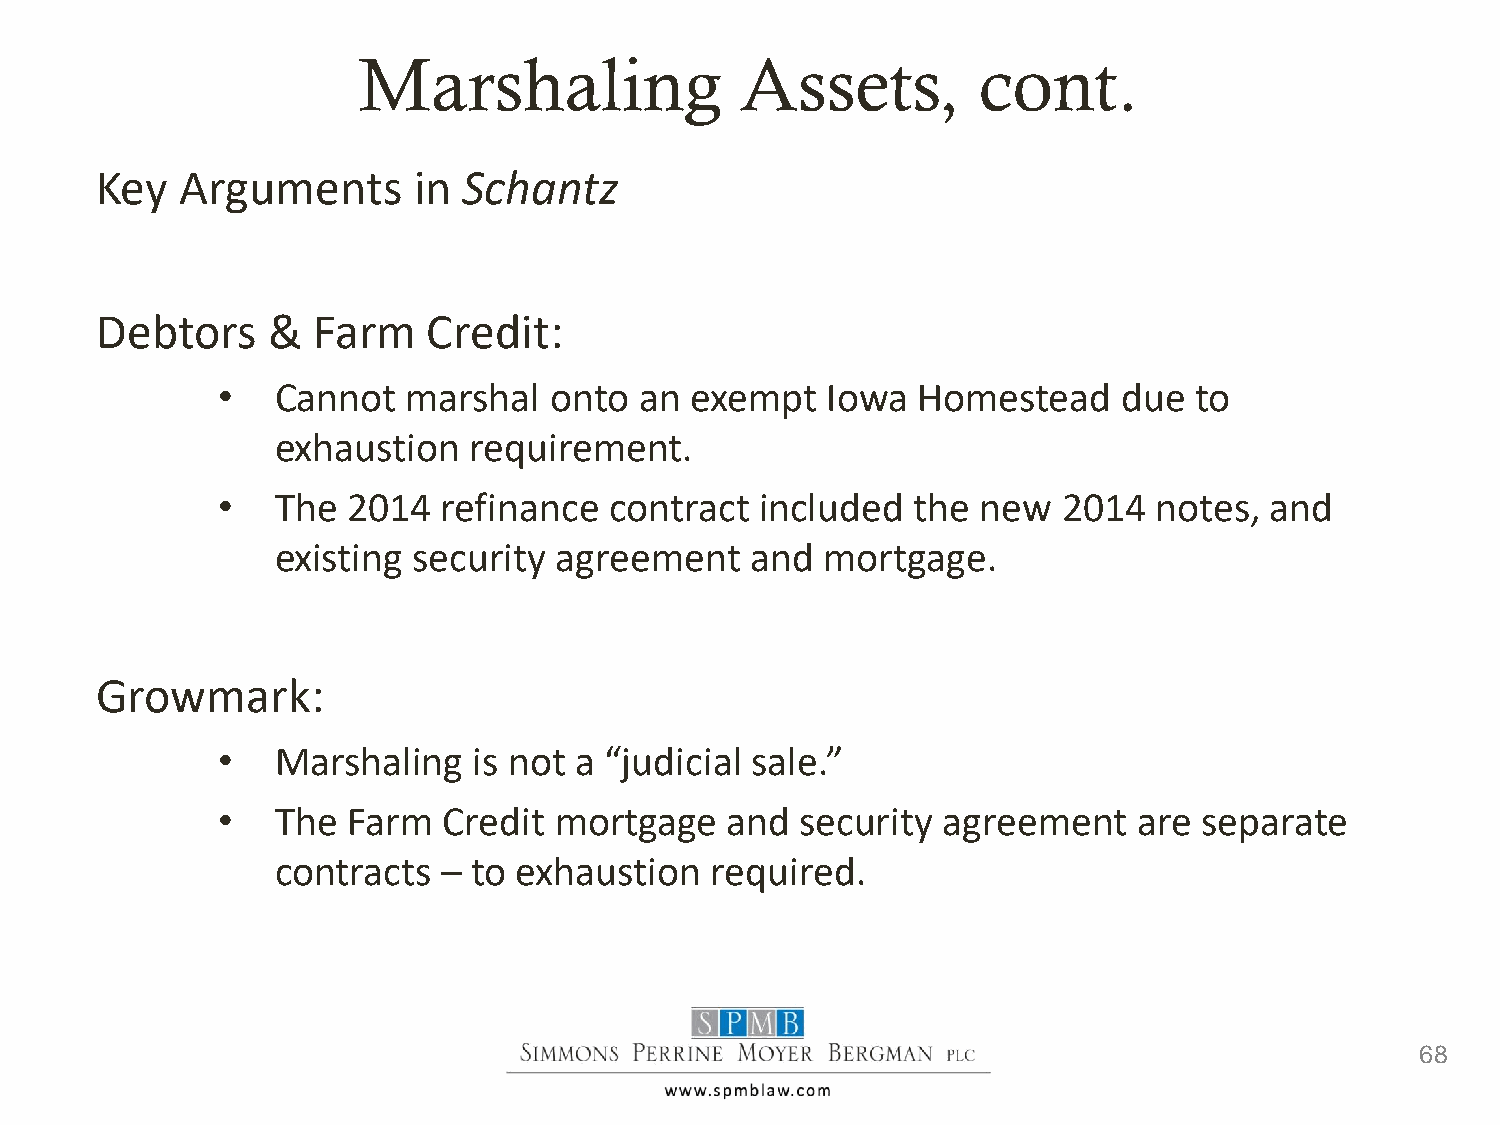
Marshaling               Assets,         cont.
 Key   Arguments      in  Schantz
 Debtors     &  Farm   Credit:
 •   Cannot   marshal  onto  an  exempt   Iowa  Homestead    due  to
 exhaustion   requirement.
 •   The  2014  refinance  contract  included   the new  2014  notes,  and
 existing security  agreement    and  mortgage.
 Growmark:
 •   Marshaling   is not a “judicial sale.”
 •   The  Farm  Credit  mortgage   and  security agreement    are  separate
 contracts  – to exhaustion   required.
 68